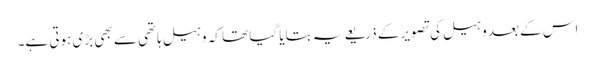
اس کے بعد وہیل کی تصویر کے ذریعے یہ بتایا گیا تھا کہ وہیل ہاتھی سے بھی بڑی ہوتی ہے۔